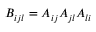
B _ { i j l } = A _ { i j } A _ { j l } A _ { l i }